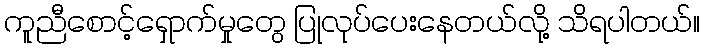
ကူညီစောင့်ရှောက်မှုတွေ ပြုလုပ်ပေးနေတယ်လို့ သိရပါတယ်။